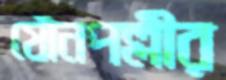
যৌনপল্লীর